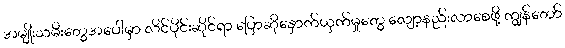
အမျိုးသမီးတွေအပေါ်မှာ လိင်ပိုင်းဆိုင်ရာ ပြောဆိုနှောက်ယှက်မှုတွေ လျော့နည်းလာစေဖို့ ကျွန်တော်